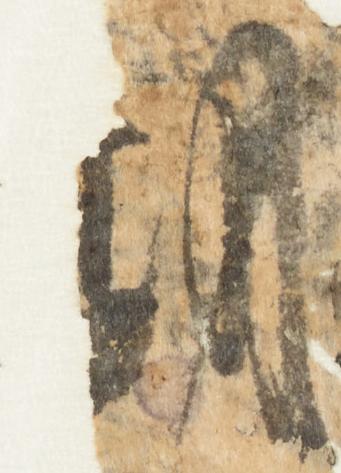
期